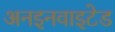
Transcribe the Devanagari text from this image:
अनइनवाइटेड